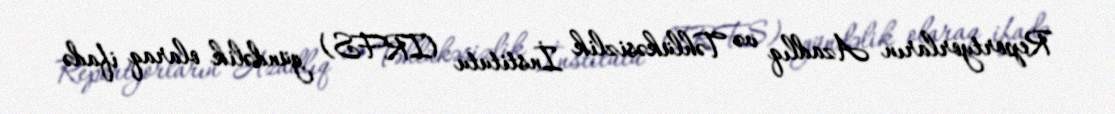
Reportyorların Azadlıq və Təhlükəsizlik İnstitutu (IRFS) gündəlik olaraq ifadə